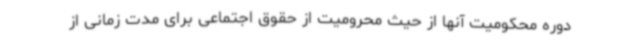
دوره محکومیت آنها از حیث محرومیت از حقوق اجتماعی برای مدت زمانی از